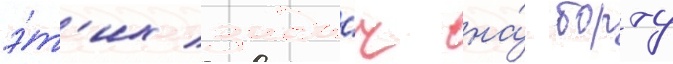
э́т'их зада́ч на́ борту